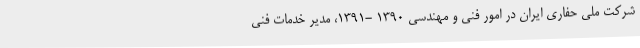
شرکت ملی حفاری ایران در امور فنی و مهندسی ۱۳۹۰ -۱۳۹۱، مدیر خدمات فنی